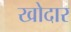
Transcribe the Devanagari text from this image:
खोदार